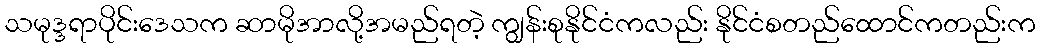
သမုဒ္ဒရာပိုင်းဒေသက ဆာမိုအာလို့အမည်ရတဲ့ ကျွန်းစုနိုင်ငံကလည်း နိုင်ငံစတည်ထောင်ကတည်းက